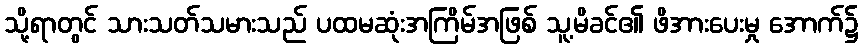
သို့ရာတွင် သားသတ်သမားသည် ပထမဆုံးအကြိမ်အဖြစ် သူ့မိခင်၏ ဖိအားပေးမှု အောက်၌